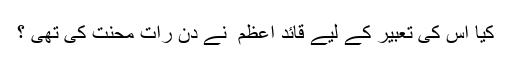
کیا اس کی تعبیر کے لیے قائد اعظم ؒ نے دن رات محنت کی تھی ؟